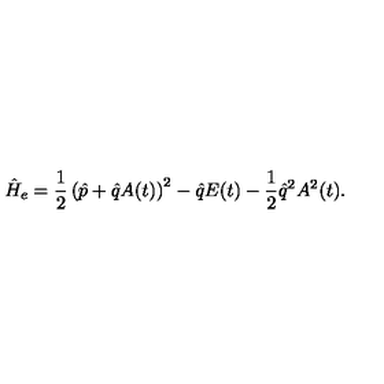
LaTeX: \hat { H } _ { e } = \frac { 1 } { 2 } \left( \hat { p } + \hat { q } A ( t ) \right) ^ { 2 } - \hat { q } E ( t ) - \frac { 1 } { 2 } \hat { q } ^ { 2 } A ^ { 2 } ( t ) .